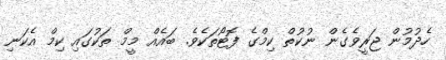
ހެދުމުން ޖަރީވެގެން ނުކުތް ކިމްގެ ފޮޓޯތަކެވެ. ބައެއް މީމް ތަކުގައި ކިމް އެކަނި